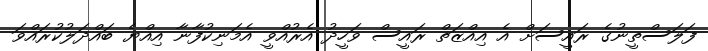
ފަލަސްތީނުގެ ރައީސަށް އެ އިއްޒަތް ރައީސް ވަހީދު އެރުއްވީ އެމަނިކުފާނާ އިއްޔެ ބައްދަލުކުރައްވަ